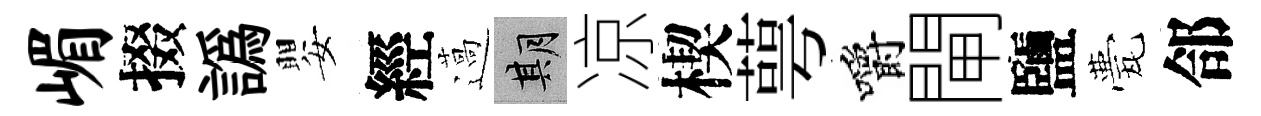
嵋掇譌嬰經薖期凉楔萼嚼閘鹽甍郃